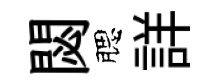
閟腮詳